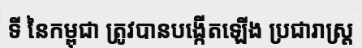
ទី នៃកម្ពុជា ត្រូវបានបង្កើតឡើង ប្រជារាស្ត្រ